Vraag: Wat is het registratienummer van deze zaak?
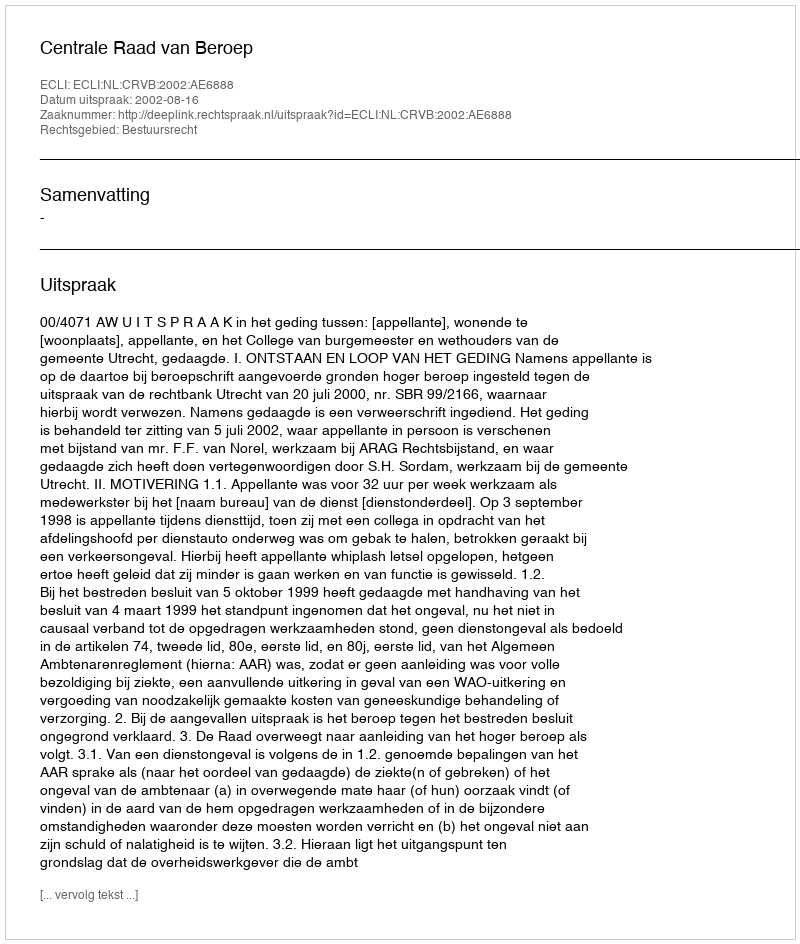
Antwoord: http://deeplink.rechtspraak.nl/uitspraak?id=ECLI:NL:CRVB:2002:AE6888